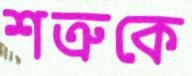
শত্রুকে